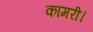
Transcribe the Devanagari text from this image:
कामरी।